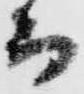
而